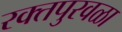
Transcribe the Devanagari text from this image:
रक्तपुरवळा